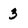
Character: 3